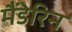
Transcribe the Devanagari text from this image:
मैंडेरिन